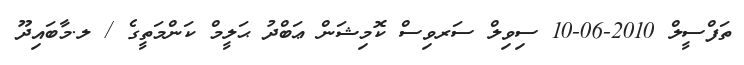
ތަފްސީލް 2010-06-10 ސިވިލް ސަރވިސް ކޮމިޝަން ޢަބްދު ޙަލީމް ކަންމަތީގެ / ލ.މާބައިދޫ